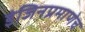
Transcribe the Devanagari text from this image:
इंजिनप्रमाणेच